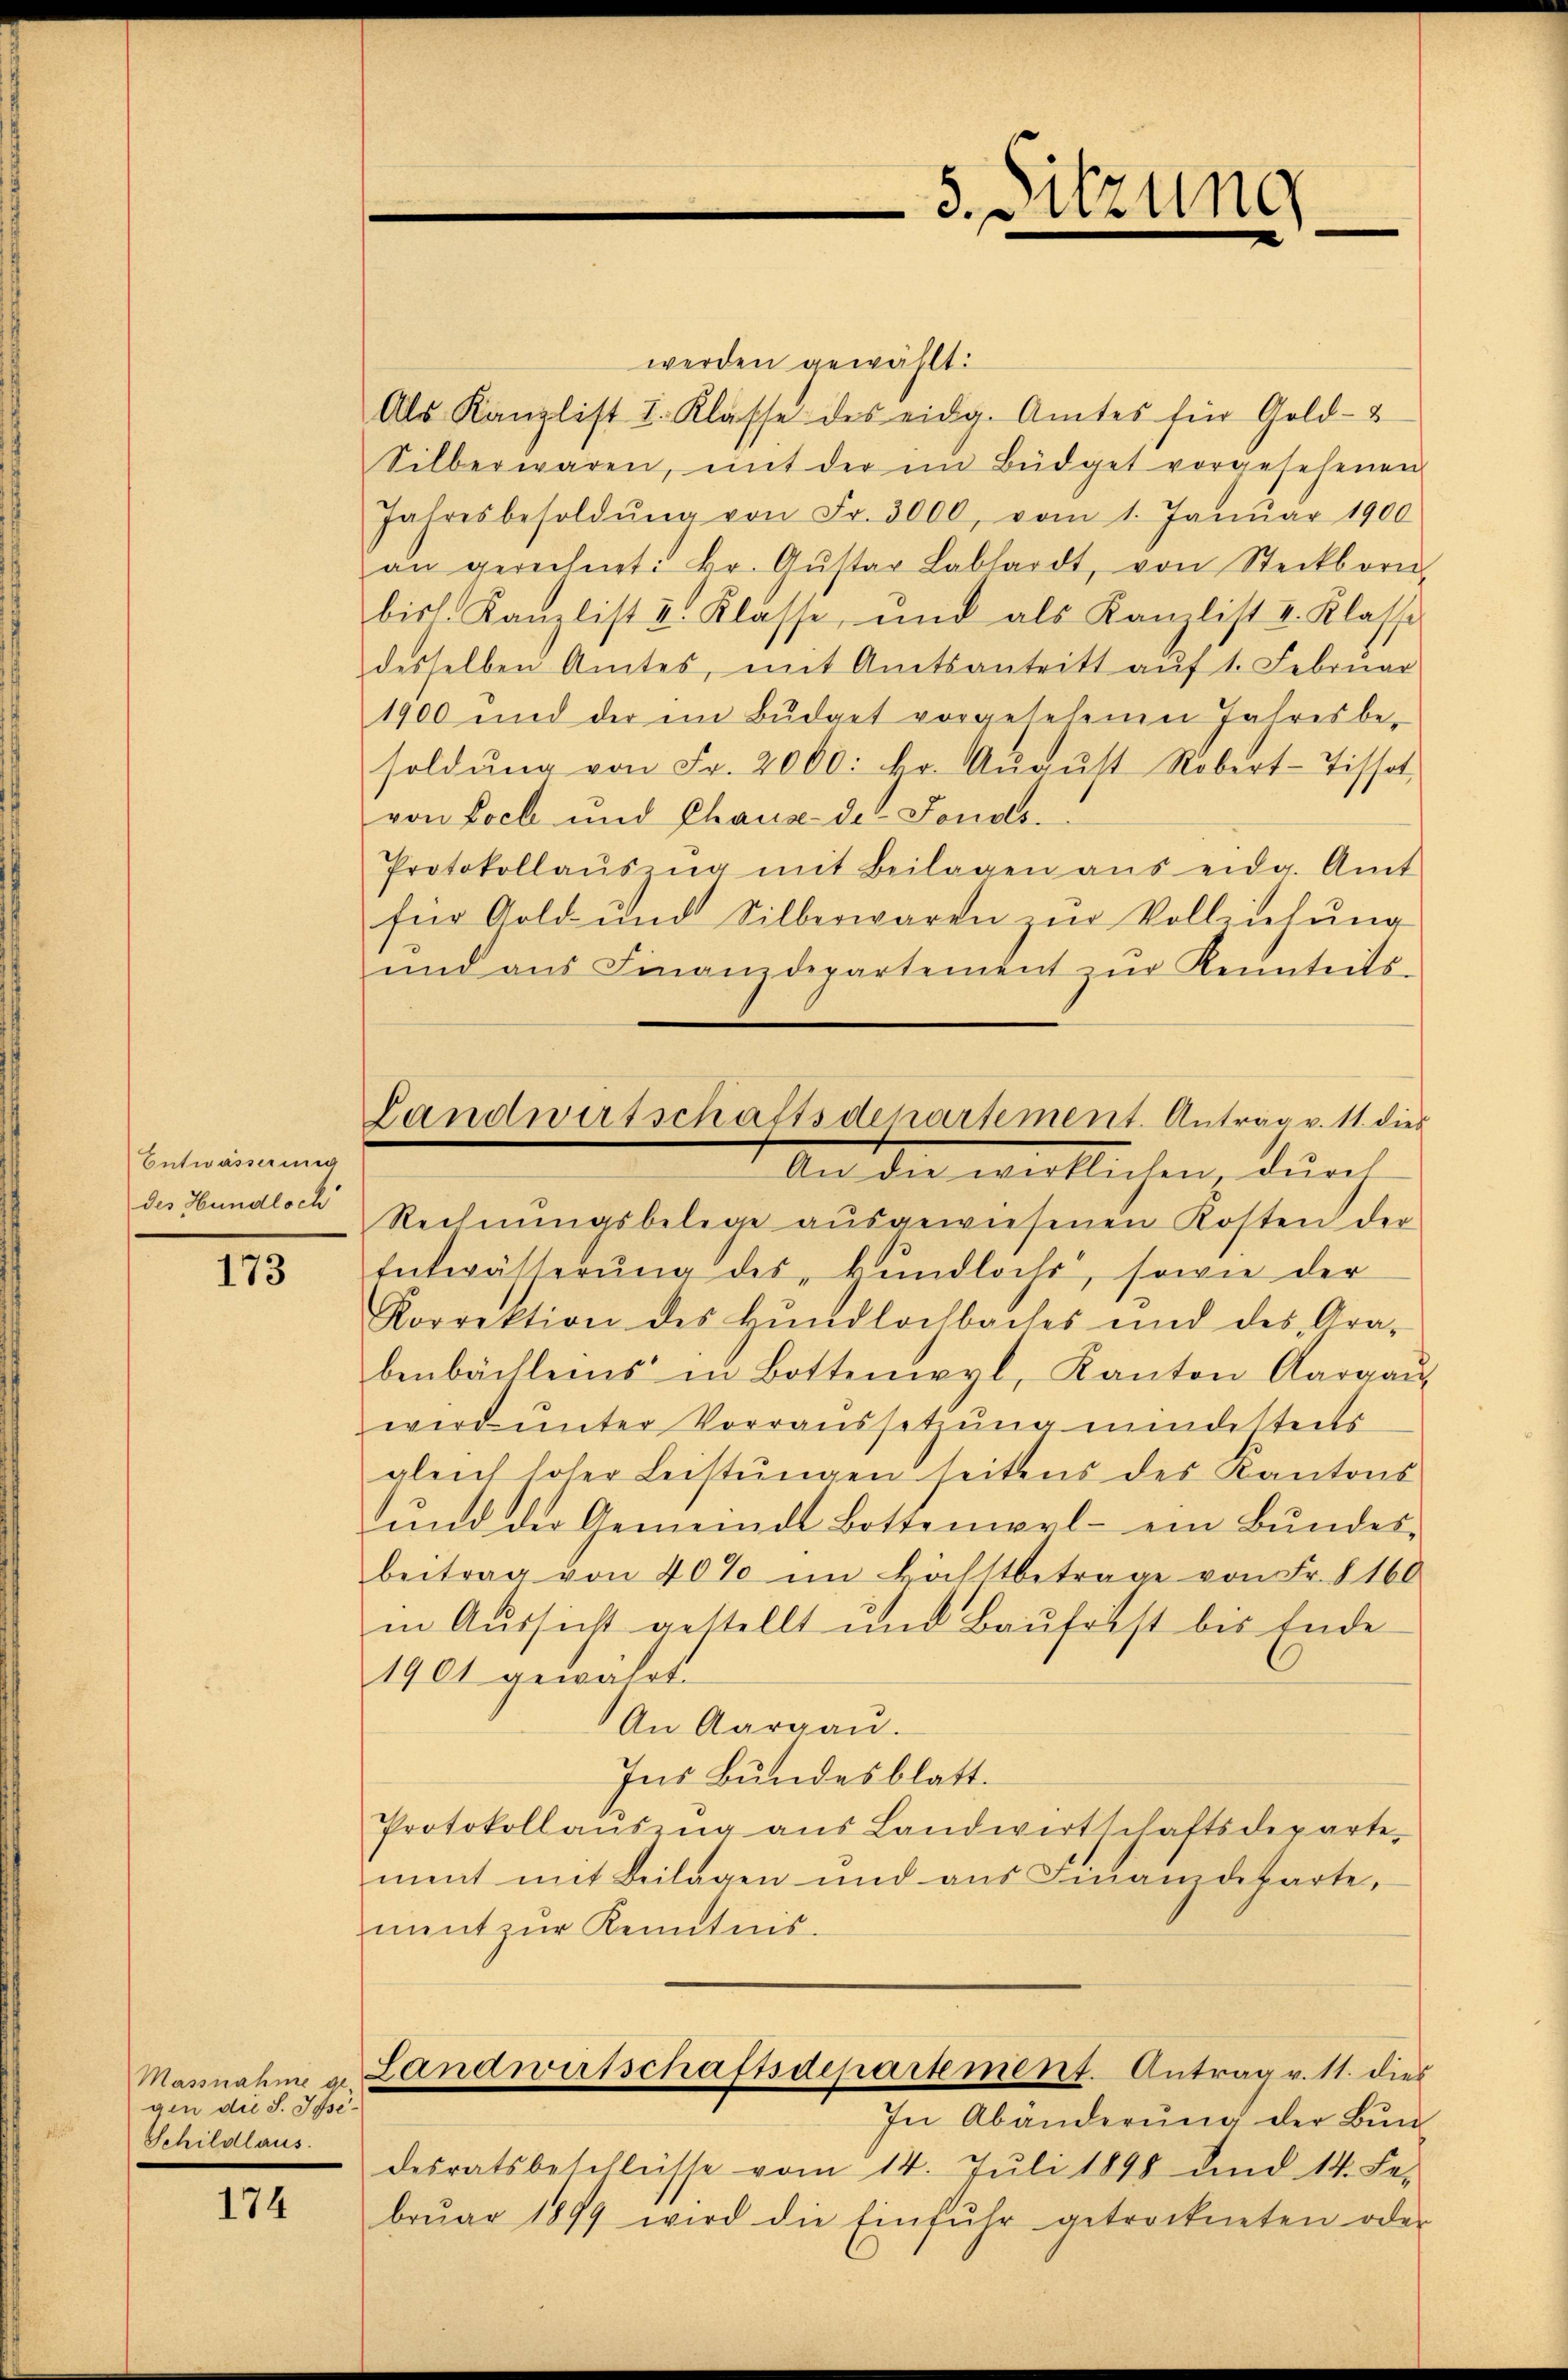
Entwässerung
des Hundloch

173

Massnahme ge-
gen die S. Ipse¬
Schildlaus.

174

Landwirtschaftsdepartement. Antrag v. 11. dies

werden gewählt:
Als Kanzlist I. Klasse des eidg. Amtes für Gold-
Silberwaren, mit der im Büdget vorgesehenen
Jahresbesoldŭng von Fr. 3000, vom 1. Janŭar 1900
an gerechnet: kr. Gŭstar Labhardt, von Steckborn-
bisl. Kanzlist II. Klasse, und als Kanzlist I. Klasse
desselben Amtes, mit Amtsantritt aŭf 1. Februar
1900 und der in Bŭdget vorgesehenen Jahresbe-
soldŭng von Fr. 2000. fr. Aŭgŭst Robert-Tissot
von Loch und Chaus de Fonds.
Protokollaŭszŭg mit Beilagen aus eidg. Amt
für Gold und Silberwaren ŭm Vollziehŭng
und aŭs Finanzdepartement zŭr Reinheits-
An die wirklichen durch
Rechnŭngsbelege aŭsgewiesenen Kosten der
Entwässerŭng des Hŭndlochs, sowie der
Korrektion des Hŭndlochbaches und des Gra-
benbächlems in Bottenwyl, Kanton Aargaŭ
wird unter Vorraussetzung mindestens
gleich hoher Leistŭngen seitens des Kantons
und der Gemeinde Bottenwel- ein Bŭndes-
beitrag von 40% im Höchstbetrage von Fr. § 160
in Aussicht gestellt und Baufrist bis Ende
1901 gewalt.
An Aargau.
Ins Bundesblatt.
Protokollaŭszŭg aŭs Landwirtschaftsdeparte
ment mit Beilagen und aus Finandeparte,
nent zur Kenntnis.
Landwirtschaftsdepartement. Antrag v. 11. dies
In Abänderŭng der Bŭn
desratsbeschlüsse vom 14. Juli 1898 und 14. Fe
brŭar 1899 wird die Einfŭhr getrockneten oder

5. Sitzung
e
x